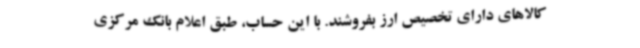
کالاهای دارای تخصیص ارز بفروشند. با این حساب، طبق اعلام بانک مرکزی